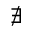
\nexists